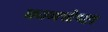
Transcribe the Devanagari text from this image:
कामचेष्टा